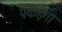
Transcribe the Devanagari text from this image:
पकड़ेगा